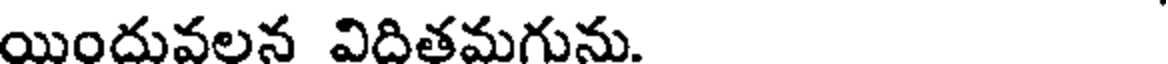
యిందువలన విదితమగును.